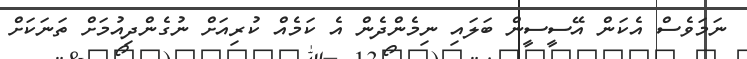
ނަމަވެސް އެކަން އޭސީސީން ބަލައި ނިމެންދެން އެ ކަމެއް ކުރިއަށް ނުގެންދިއުމަށް ތަނަކަށް